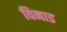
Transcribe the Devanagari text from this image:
विनाड